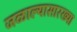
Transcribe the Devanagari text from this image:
जळाल्यासारख्या